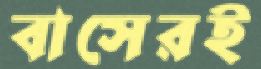
বাসেরই